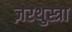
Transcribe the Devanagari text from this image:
ज़रथुस्त्रा